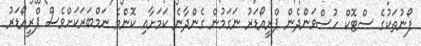
ފޯނުތަކުގެ ސްޓޮކް ހުސްވަންދެން ޕްރީއޯޑަރު ނަގަމުން ގެންދާނެ ކަމަށާއި ކޮންމެ ނަމްބަރަކަށްވެސް ޕްރީއޯޑަރު